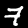
Label: 7